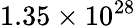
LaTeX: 1.35\times 10^{28}